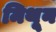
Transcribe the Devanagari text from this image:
मिथून